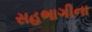
સહભાગીના